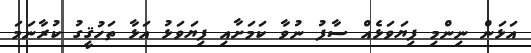
އަޅަން ނިންމި ފިޔަވަޅެއް ސާފު ނުވާ ކަމަށާއި ފިޔަވަޅު އަޅާ ތަހުޤީގު ކުރާނަމަ